Vaccination report Assam 1874-1896 - 1874-1896
Year: 1874
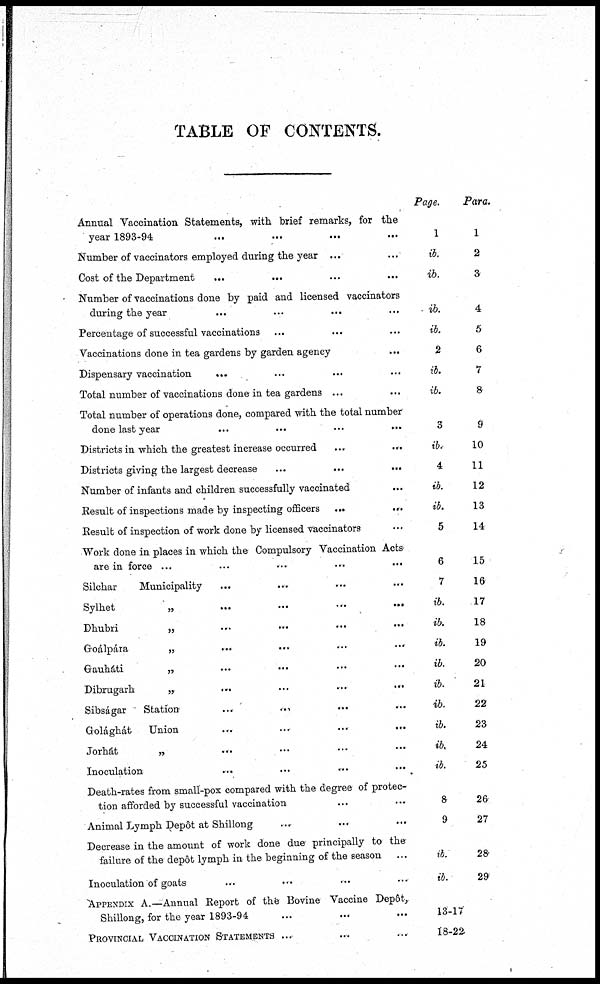
TABLE OF CONTENTS.
Annual Vaccination Statements, with brief remarks, for the
year 1893-94 ... ... ... ...
Number of vaccinators employed during the year ... ...
Cost of the Department
...
...
...
...
Number of vaccinations done by paid and licensed vaccinators
during the year
Percentage of successful vaccinations
Vaccinations done in tea gardens by garden agency
Dispensary vaccination
...
Total number of vaccinations done in tea gardens ...
Total number of operations done, compared with the total number
done last year
...
...
...
...
Districts in which the greatest increase occurred
...
...
Districts giving the largest decrease
...
...
...
Number of infants and children successfully vaccinated ...
Result of inspections made by inspecting officers ...
...
Result of inspection of work done by licensed vaccinators ...
Work done in places in which the Compulsory Vaccination Acts'
are in force ... ... ... ... ...
Silchar
Municipality
...
... ... ...
Sylhet
„
...
...
...
...
Dhubri
„
...
...
...
...
Groálpára
„
...
...
...
...
Gauháti
„ ... ... ... ...
Dibrugarh
„
...
...
...
...
Sibságar
Station
...
...
...
...
Golághát
Union ... ... ... ...
Jorhát
„
...
...
...
...
Inoculation ... ... ... ...
Death-rates from small-pox compared with the degree of protec-
tion afforded by successful vaccination ... ...
Animal Lymph Depôt at Shillong ... ... ...
Decrease in the amount of work done due principally to the
failure of the depôt lymph in the beginning of the season ...
Inoculation of goats ... ... ... ...
APPENDIX A.—Annual Report of the Bovine Vaccine Depôt,
Shillong, for the year 1893-94 ... ... ...
PROVINCIAL VACCINATION STATEMENTS ... ... ...
Page.
1
ib.
ib.
ib.
ib.
2
ib.
ib.
3
ib.
4
ib.
ib.
5
6
7
ib.
ib.
ib.
ib.
ib.
ib.
ib.
ib.
ib.
8
9
ib.
ib.
13-17
18-22
Para.
1
2
3
4
5
6
7
8
9
10
11
12
13
14
15
16
17
18
19
20
21
22
23
24
25
26
27
28
29